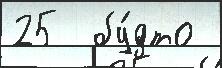
25  бу́дто